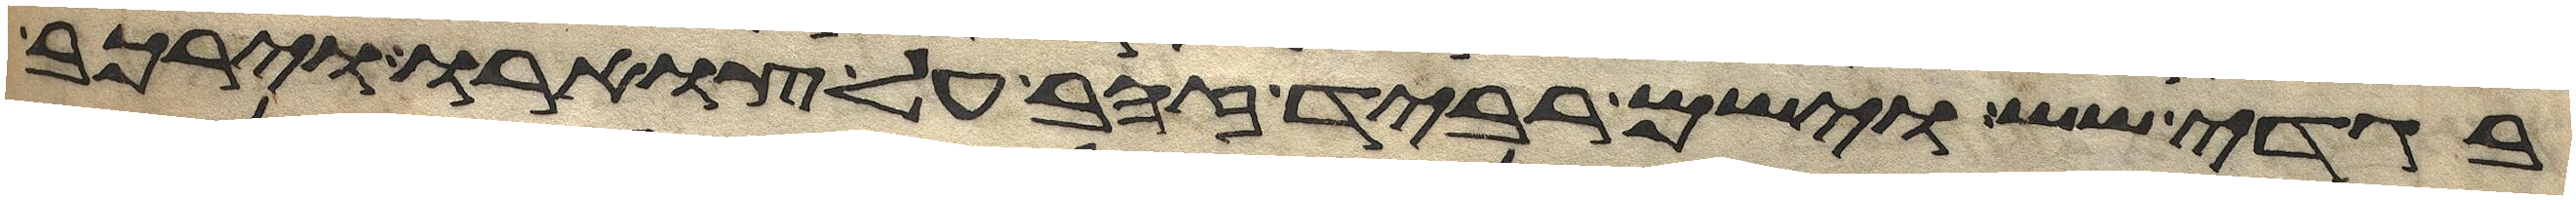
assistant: בגדי שש וישם רביד זהב על צוארו וירכב